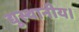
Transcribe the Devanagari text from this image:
द्युस्थानीय।